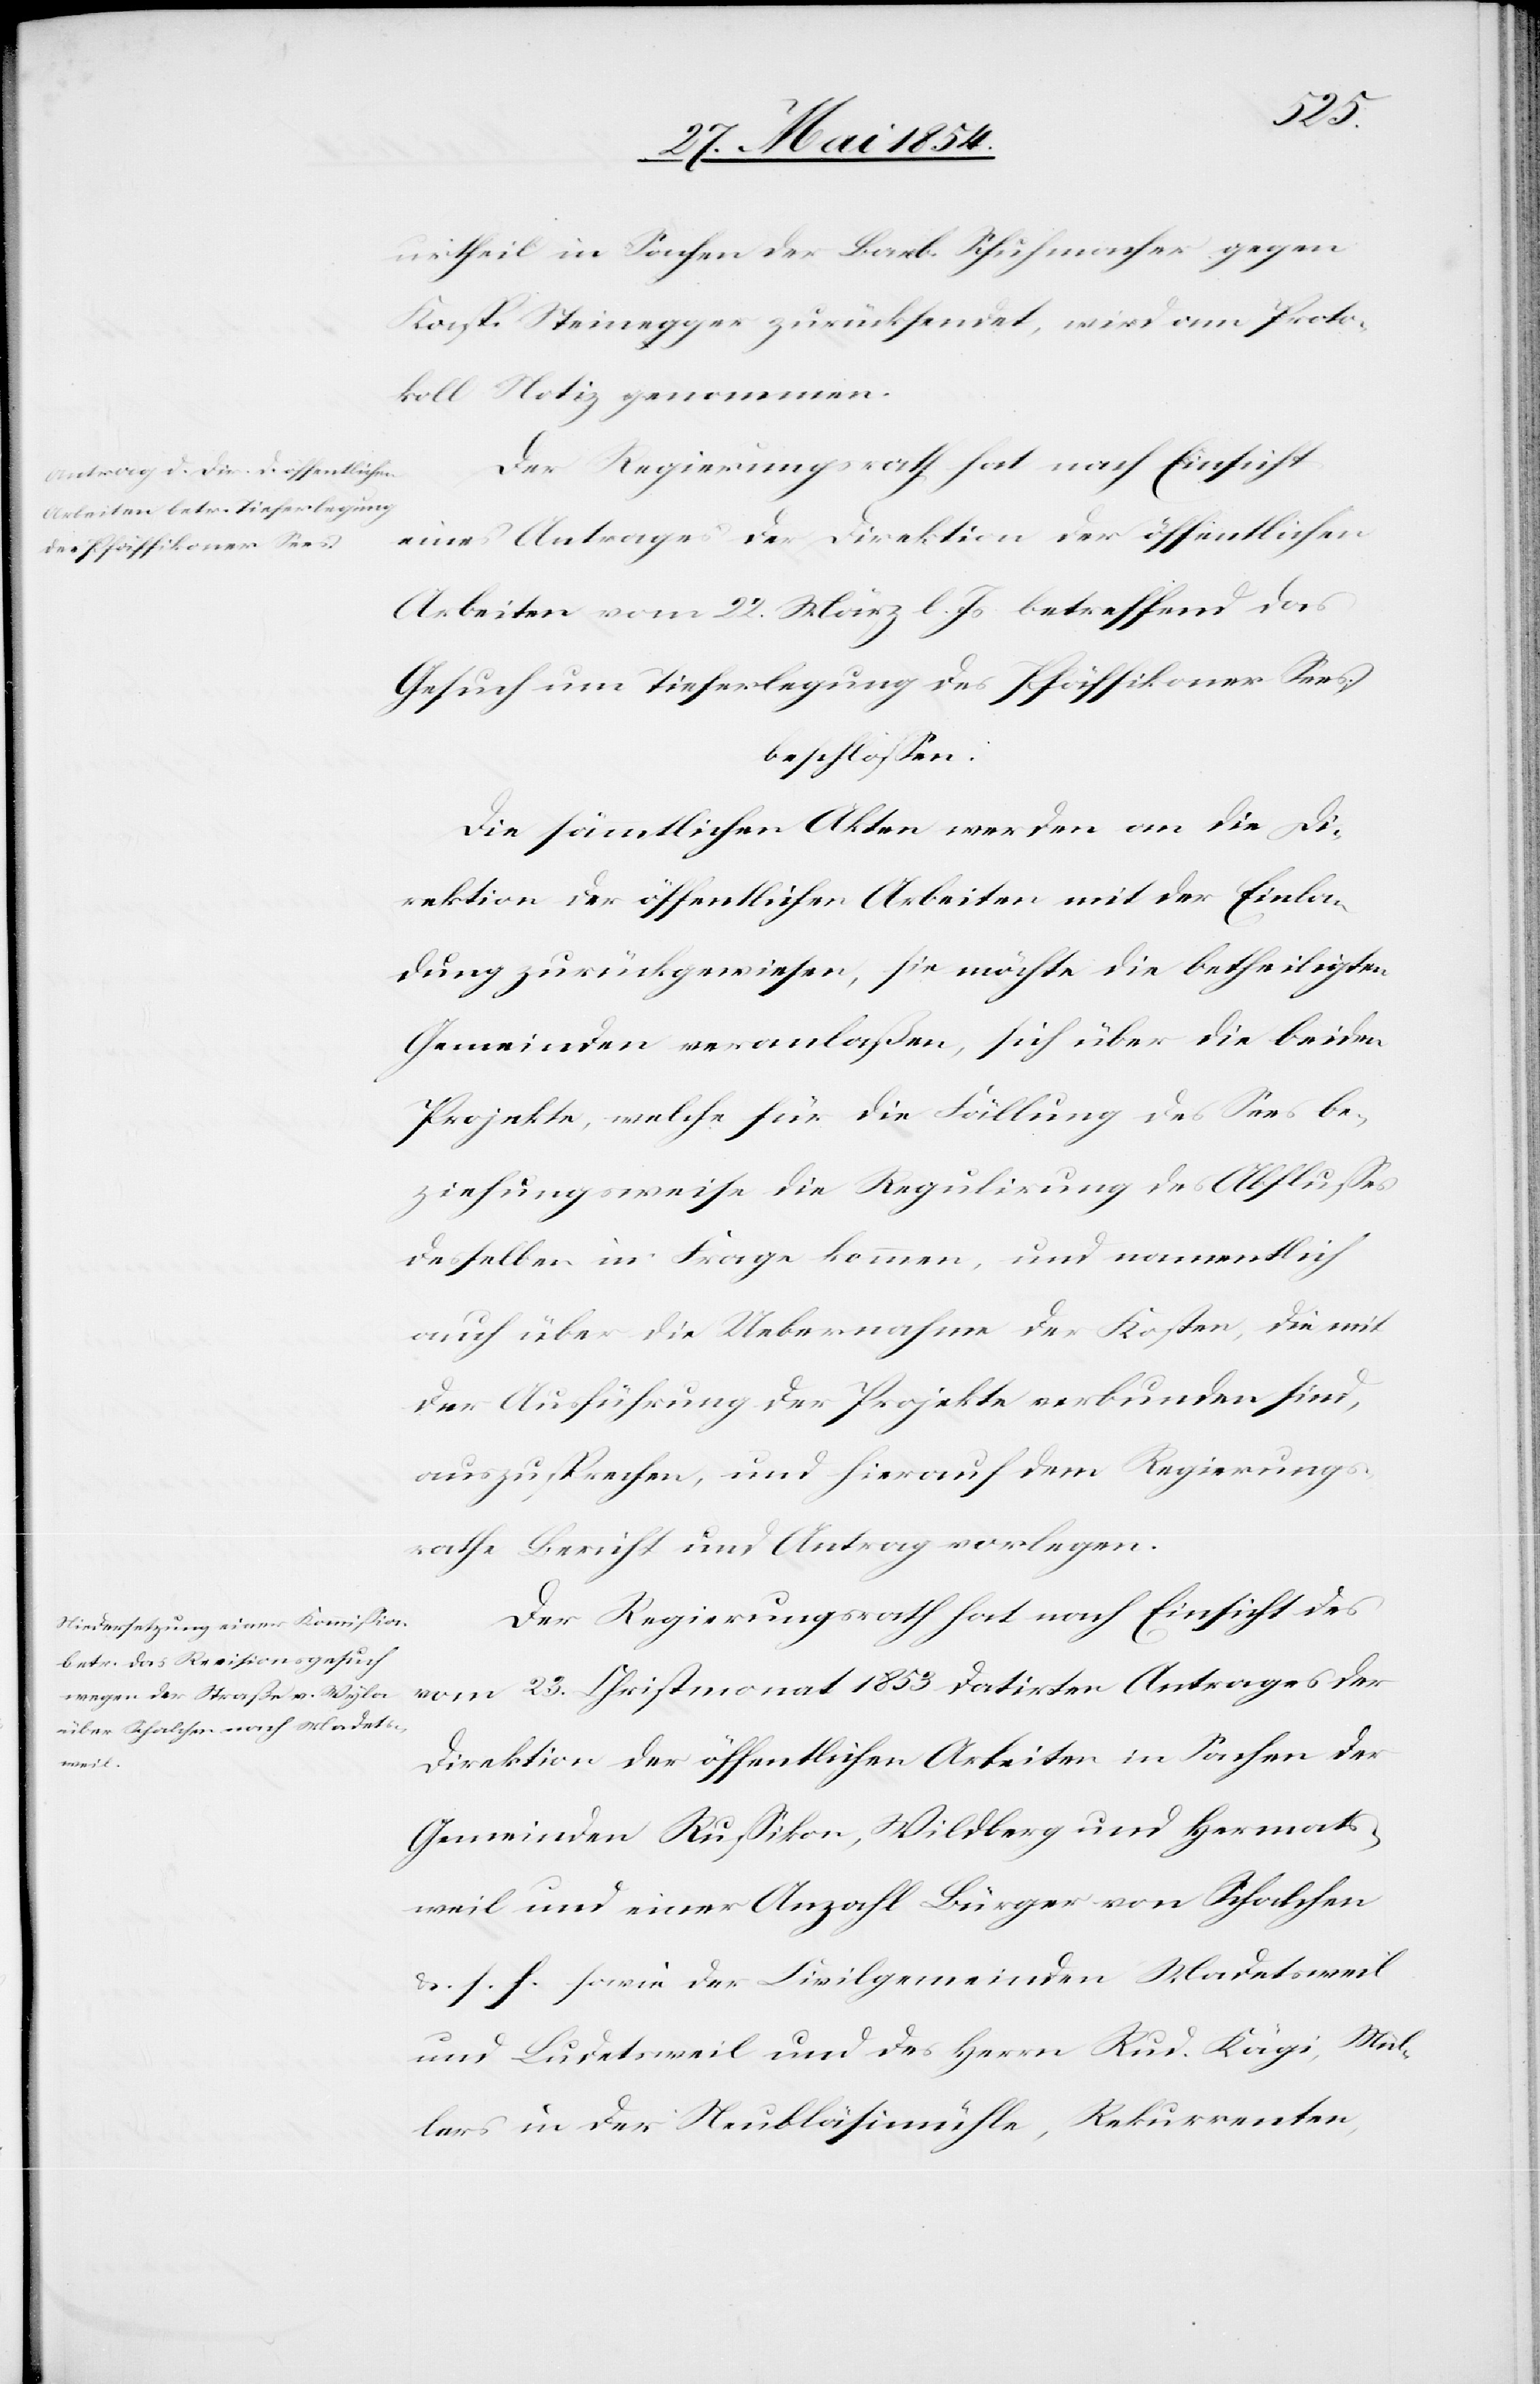
urtheil in Sachen der Barb. Schuhmacher gegen
Kasp. Steinegger zurücksendet, wird am Proto¬
koll Notiz genommen.
Der Regierungsrath hat nach Einsicht
eines Antrages der Direktion der öffentlichen
Arbeiten vom 22. März l. Js. betreffend das
Gesuch um Tieferlegung des Pfäffikoner Sees;
beschloßen:
Die sämmtlichen Akten werden an die Di¬
rektion der öffentlichen Arbeiten mit der Einla¬
dung zurückgewiesen, sie möchte die betheiligten
Gemeinden veranlaßen, sich über die beiden
Projekte, welche für die Fällung des Sees be¬
ziehungsweise die Regulirung des Abflußes
desselben in Frage kommen, und namentlich
auch über die Uebernahme der Kosten, die mit
der Ausführung der Projekte verbunden sind,
auszusprechen, und hierauf dem Regierungs¬
rathe Bericht und Antrag vorlegen.
Der Regierungsrath hat nach Einsicht des
vom 23. Christmonat 1853 datirten Antrages der
Direktion der öffentlichen Arbeiten in Sachen der
Gemeinden Rußikon, Wildberg und Hermats¬
weil und einer Anzahl Bürger von Schalchen
u. s. f. sowie der Civilgemeinden Madetsweil
und Ludetsweil und des Herrn Rud. Kägi, Mül¬
lers in der Neubläsimühle, Rekurrenten,